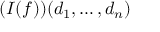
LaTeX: ( I ( f ) ) ( d _ { 1 } , \ldots , d _ { n } )